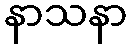
နာသနာ